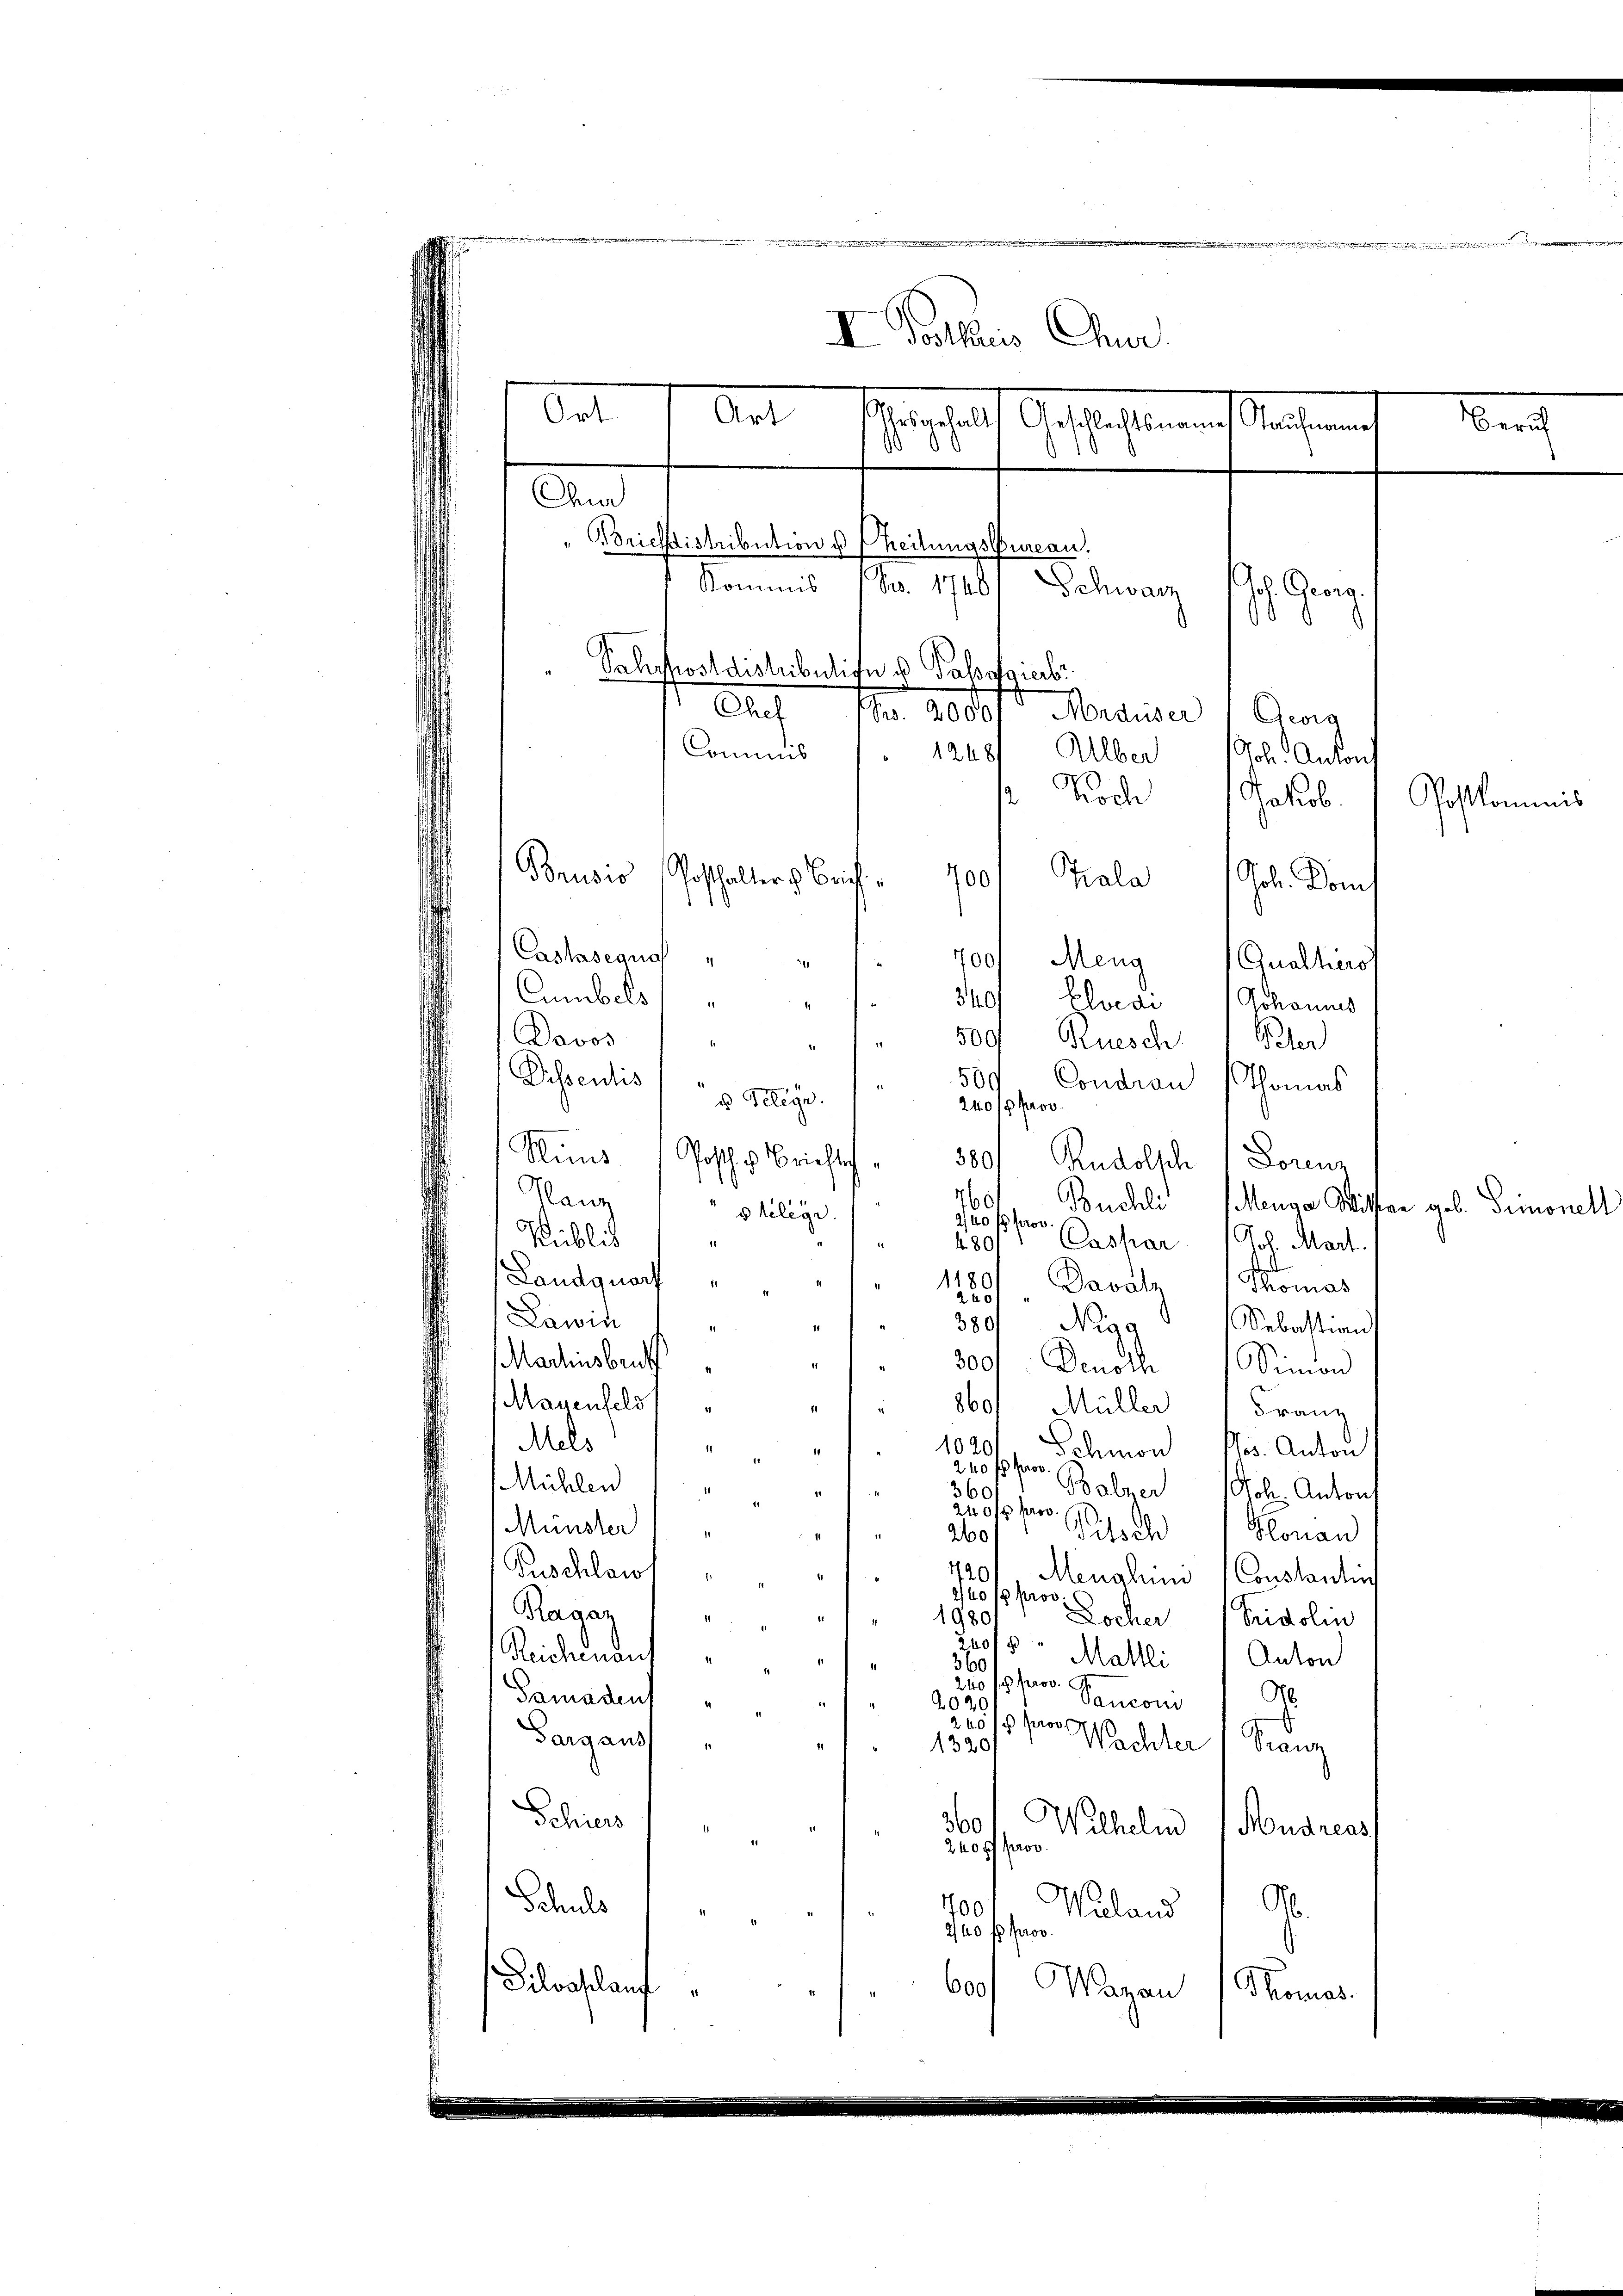
.
I Dothaus Chur
Art
sehung auf Anschaften muß machen
Zürich
Chur
Brichtistribution v. Theilungsbrican
Kommis (Fr. 1740/ Schwarz
Ich. Geg
Sahrpostdistribulife u Passagierbr
Chef (S. 2000. Maduser 1 Georg
Commis
1248/ Alber Joh. Antonf
 Koch
Jakob.
Vohlkommnis
Brusio
Posthalter v. Brich
700
Trala   Joh. Dom

Ort

Castasegno
700/ Meng
11
Cumbels
340/ Eloede Johannes
Davos
5001 Bruesch
Bler
50.
Dessentis
Condron Thomas
g
u Telege
240 f prov.
Mund 1 Posche Brieftig
3801 Rudolsch 1 Lorenz
Manz
60
Buchli (Meuga Wisser geb. Simonett
v telege
240 f 100
Kiblio
Caspar Joh. Mart.
4.80
Landquar
Thomas
1220) Davolz
Lawin
300/ Nigg
Sebastian
11
Madlinsbruck
2
300. Denoch Simon
Masenfeld,
1
860, Müller Franz
Mels
1020 Schmon Jos. Anton
d
240 fl prov.
Mühlen
Babner Joh. Anton
360
240/5 prov
s
Münster
Pitsch
Honau
260
720
Puschlaut
Menahun
Constantin
240/5 prov.
Ragaz
1980/
Locher Fridolin
Reichenau
2015 Mallli Anton
360
240 fl prov.
Ab
Gamadens
Sancon
2020
240 f pro
¬
Sarg aus
Wachter (Franz
1
1320
Schiers
Wilhelm
360
Mudreas
240 ff prov
Schuls
700
Waland Ab
240 f prov
¬
Dilvaplant
600
Warau
Thomas

Qualtiers